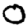
Digit: 0